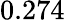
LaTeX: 0.274